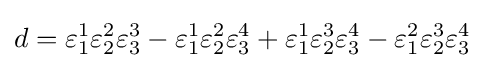
d=\varepsilon _{1}^{1}\varepsilon _{2}^{2}\varepsilon _{3}^{3}-\varepsilon _{1}^{1}\varepsilon _{2}^{2}\varepsilon _{3}^{4}+\varepsilon _{1}^{1}\varepsilon _{2}^{3}\varepsilon _{3}^{4}-\varepsilon _{1}^{2}\varepsilon _{2}^{3}\varepsilon _{3}^{4}